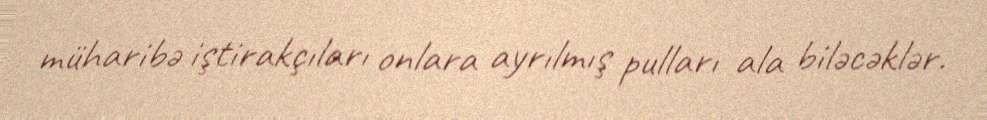
müharibə iştirakçıları onlara ayrılmış pulları ala biləcəklər.